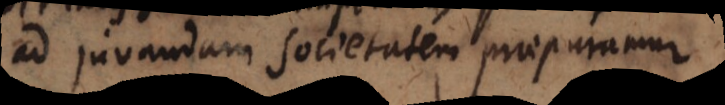
ad juvendam societatem praeparamur